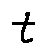
t